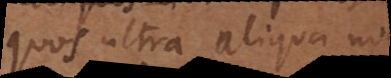
quos ultra aliqua notio